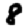
Digit: 8